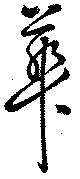
華